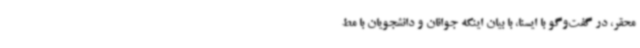
محقر، در گفت‌وگو با ایسنا، با بیان اینکه جوانان و دانشجویان با مط